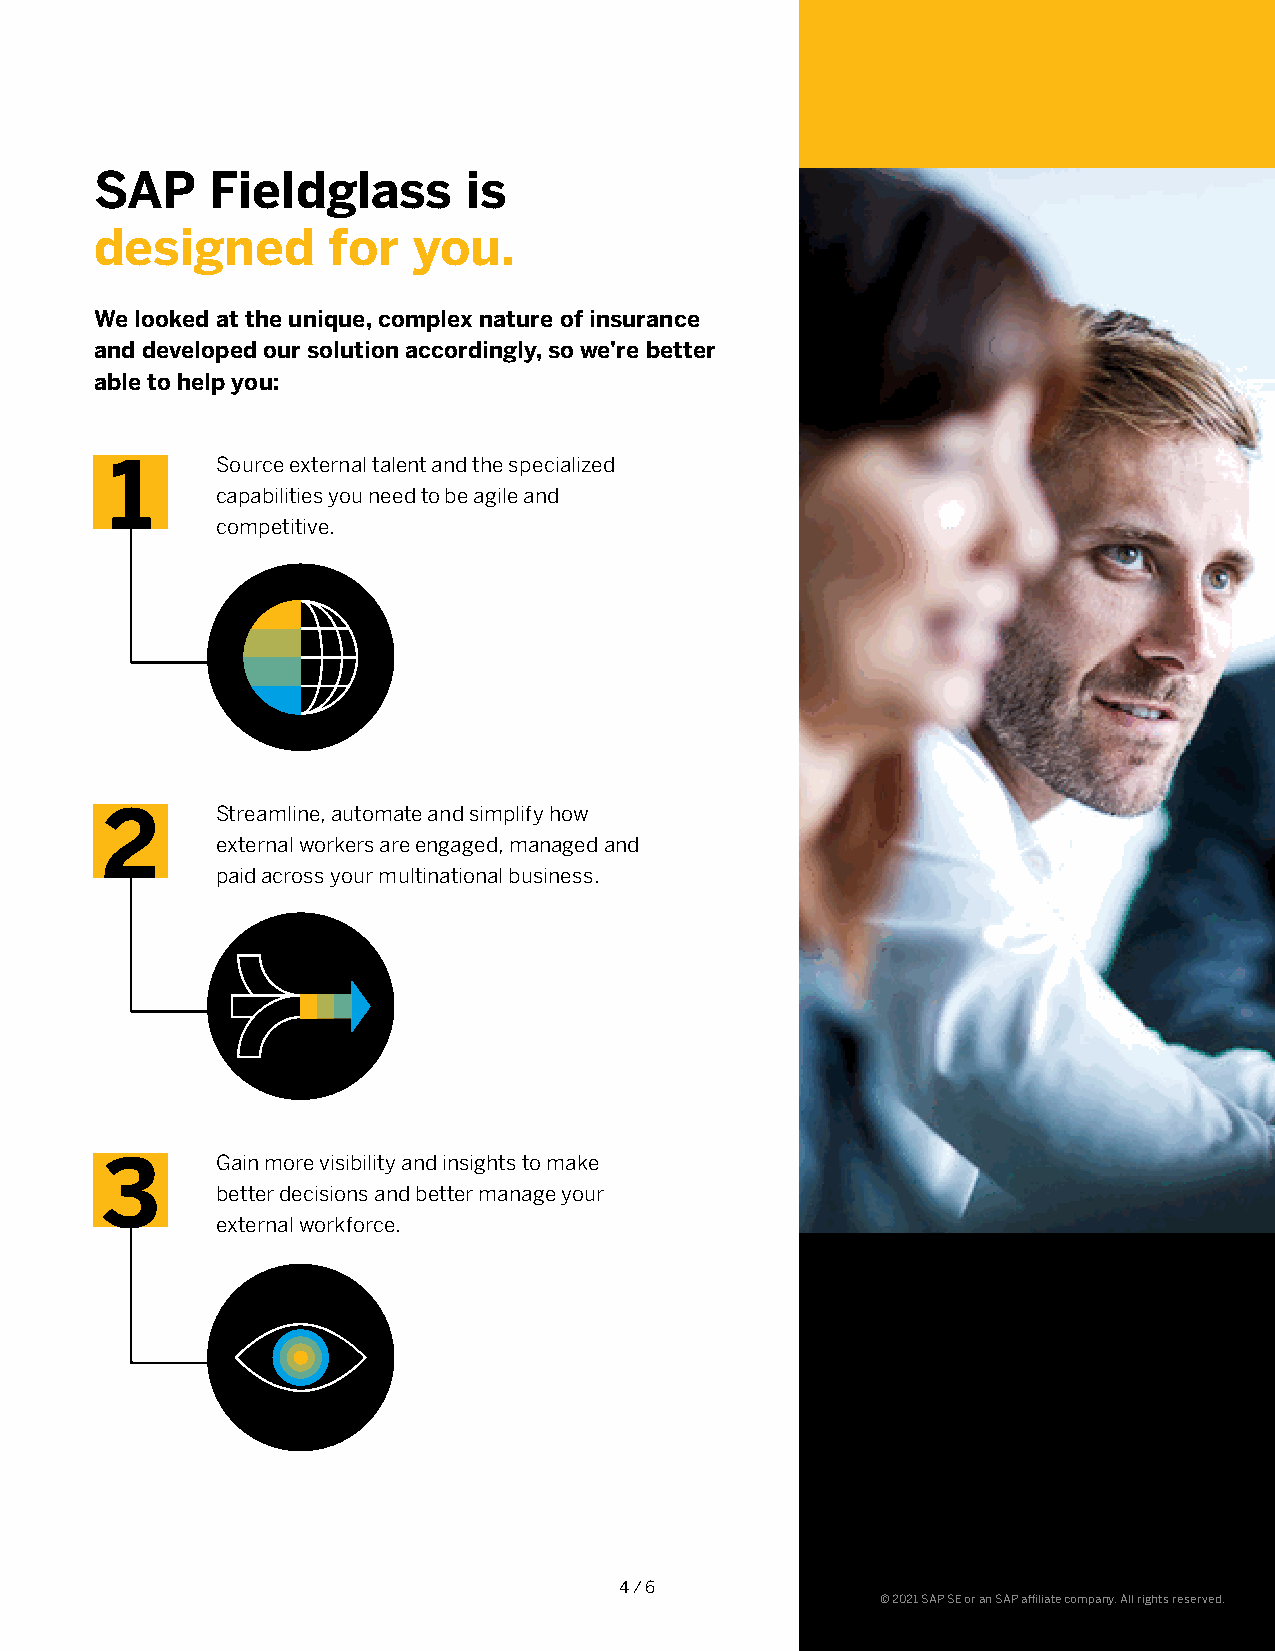
SAP     Fieldglass       is
 designed        for  you.
 We looked at the unique, complex nature of insurance
 and developed our solution accordingly, so we’re better
 able to help you:
 Source external talent and the specialized
 1
 capabilities you need to be agile and
 competitive.
 Streamline, automate and simplify how
 2
 external workers are engaged, managed and
 paid across your multinational business.
 Gain more visibility and insights to make
 3
 better decisions and better manage your
 external workforce.
 4 / 6
 © 2021 SAP SE or an SAP affiliate company. All rights reserved.